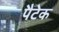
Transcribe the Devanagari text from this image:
पैटेक